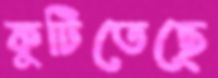
কুটিতেছে